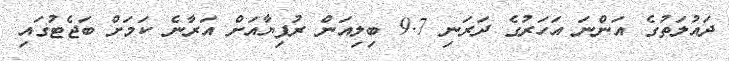
ދައުލަތުގެ އަންނަ އަހަރުގެ ދަރަނި 9.7 ބިލިއަން ރުފިޔާއަށް އަރާނެ ކަމަށް ބަޖެޓުގައި